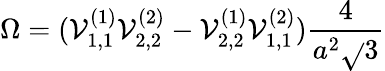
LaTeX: \Omega=({\cal\mathcal{V}}_{1,1}^{(1)}{\cal\mathcal{V}}_{2,2}^{(2)}-{\cal\mathcal{V}}_{2,2}^{(1)}{\cal\mathcal{V}}_{1,1}^{(2)})\frac{{4}}{{a^{2}\sqrt{}{{3}}}}